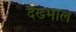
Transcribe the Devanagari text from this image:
देख्भाल